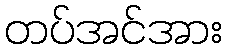
တပ်အင်အား